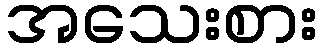
အသေးစား